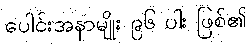
ပေါင်းအနာမျိုး ၉၆ ပါး ဖြစ်၏